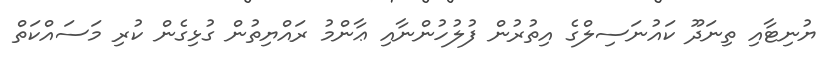
ޔުނިޓާއި ތިނަދޫ ކައުނަސިލްގެ އިތުރުން ފުލުހުންނާއި ޢާންމު ރައްޔިތުން ގުޅިގެން ކުރި މަސައްކަތް